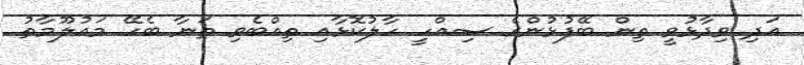
އަދި ވިދާޅުވީ ތިން ބޭފުޅުންގެ ސިއްހީ ހާލުކޮޅާއި ތިއްބެވި ތަނާ ބެހޭ މައުލޫމާތު